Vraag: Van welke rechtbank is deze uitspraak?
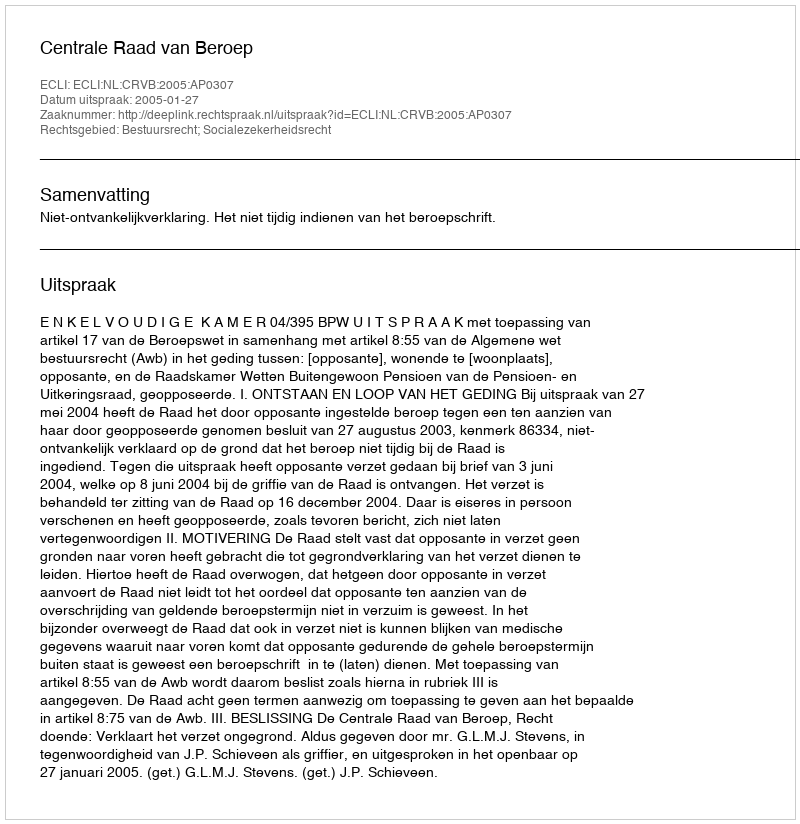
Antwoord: Centrale Raad van Beroep